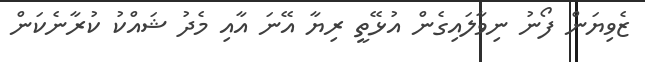
ޒެވިޔަން ފޯނު ނިވާލައިގެން އުޅޭތީ ރިޔާ އޭނަ އާއި މެދު ޝައްކު ކުރާނެކަން